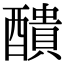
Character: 𨣈